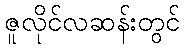
ဇူလိုင်လဆန်းတွင်